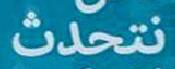
نتحلث